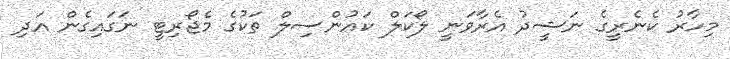
މިހާރު ކެނެރީގެ ނަޝީދު އެރާވަނީ ލޯކަލް ކައުންސިލް ތަކުގެ މެޖޯރިޓީ ނަގައިގެން އަދި